Indian Medical Review
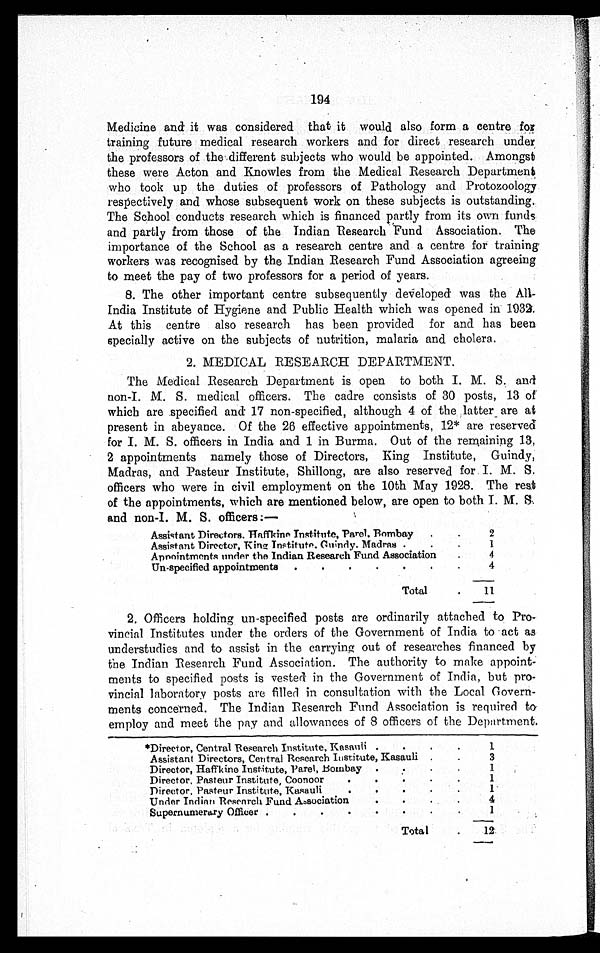
194
Medicine and it was considered that it would also form a centre for
training future medical research workers and for direct research under
the professors of the different subjects who would be appointed. Amongst
these were Acton and Knowles from the Medical Research Department
who took up the duties of professors of Pathology and Protozoology
respectively and whose subsequent work on these subjects is outstanding.
The School conducts research which is financed partly from its own funds
and partly from those of the Indian Research Fund Association. The
importance of the School as a research centre and a centre for training
workers was recognised by the Indian Research Fund Association agreeing
to meet the pay of two professors for a period of years.
8. The other important centre subsequently developed was the All
-India Institute of Hygiene and Public Health which was opened in 1932.
At this centre also research has been provided for and has been
specially active on the subjects of nutrition, malaria and cholera.
2. MEDICAL RESEARCH DEPARTMENT.
The Medical Research Department is open to both I. M. S. and
non-I. M. S. medical officers. The cadre consists of 30 posts, 13 of
which are specified and 17 non-specified, although 4 of the latter are at
present in abeyance. Of the 26 effective appointments, 12* are reserved
for I. M. S. officers in India and 1 in Burma. Out of the remaining 13,
2 appointments namely those of Directors, King Institute, Guindy,
Madras, and Pasteur Institute, Shillong, are also reserved for. I. M. S,
officers who were in civil employment on the 10th May 1928. The rest
of the appointments, which are mentioned below, are open to both I. M. S.
and non-I. M. S. officers:—
Assistant Directors. Haffkine Institute, Parel, Bombay . . .
2
Assistant Director, King Institute. Guindy. Madras . . .
1
Appointments under the Indian Research Fund Association . . .
4
Un-specified appointments . . .
4
Total . . .
11
2. Officers holding un-specified posts are ordinarily attached to Pro
- v i n c i a l I n s t i t u t e s u n d e r t h e o r d e r s o f t h e G o v e r n m e n t o f I n d i a t o a c t a s
understudies and to assist in the carrying out of researches financed by
the Indian Research Fund Association. The authority to make appoint
-ments to specified posts is vested in the Government of India, but pro
-vincial laboratory posts are filled in consultation with the Local Govern
- m e n t s c o n c e r n e d . T h e I n d i a n R e s e a r c h F u n d A s s o c i a t i o n i s r e q u i r e d t o
employ and meet the pay and allowances of 8 officers of the Department.
*Director, Central Research Institute, Kasauli . . .
1
Assistant Directors, Central Research Institute, Kasauli . . .
3
Director, Haffkine Institute, Parel, Bombay . . .
1
Director, Pasteur Institute, Coonoor . . .
1
Director, Pasteur Institute, Kasauli . . .
1
Under Indian Research Fund Association . . .
4
Supernumerary Officer . . .
1
Total . . .
12